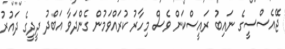
ޖޭއެސްސީގެ ނައިބު ރައީސްކަން ވެސް މިހާރު ކުރައްވަމުން ގެންދަވާ އަބްދު ދީދީގެ ދައުރު